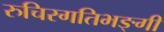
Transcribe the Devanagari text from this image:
रुचिरगतिभङ्गी